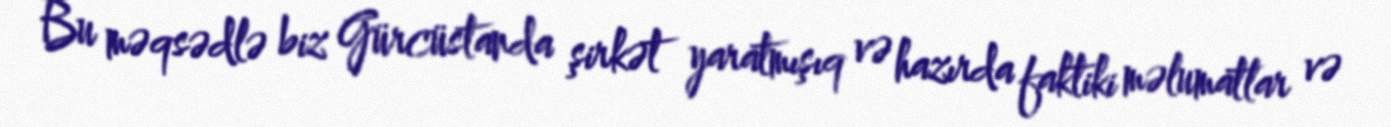
Bu məqsədlə biz Gürcüstanda şirkət yaratmışıq və hazırda faktiki məlumatlar və